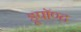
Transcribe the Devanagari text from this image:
डूपॉण्ट